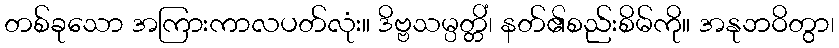
တစ်ခုသော အကြားကာလပတ်လုံး။ ဒိဗ္ဗသမ္ပတ္တိံ၊ နတ်၏စည်းစိမ်ကို။ အနုဘဝိတွာ၊